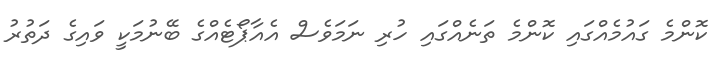
ކޮންމެ ގައުމެއްގައި ކޮންމެ ތަނެއްގައި ހުރި ނަމަވެސް އެއާޕޯޓެއްގެ ބޭނުމަކީ ވައިގެ ދަތުރު